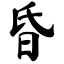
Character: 昏